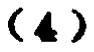
$(4)$